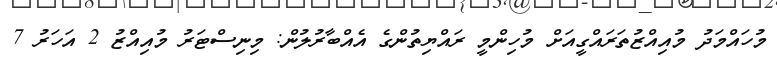
މުހައްމަދު މުއިއްޒުތަރައްގީއަށް މުހިންމީ ރައްޔިތުންގެ އެއްބާރުލުން: މިނިސްޓަރު މުއިއްޒު 2 އަހަރު 7